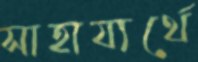
সাহায্যর্থে